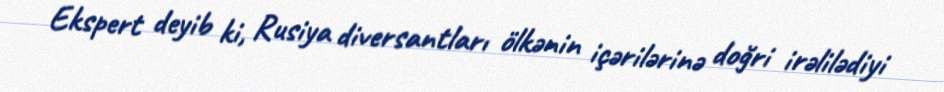
Ekspert deyib ki, Rusiya diversantları ölkənin içərilərinə doğri irəlilədiyi